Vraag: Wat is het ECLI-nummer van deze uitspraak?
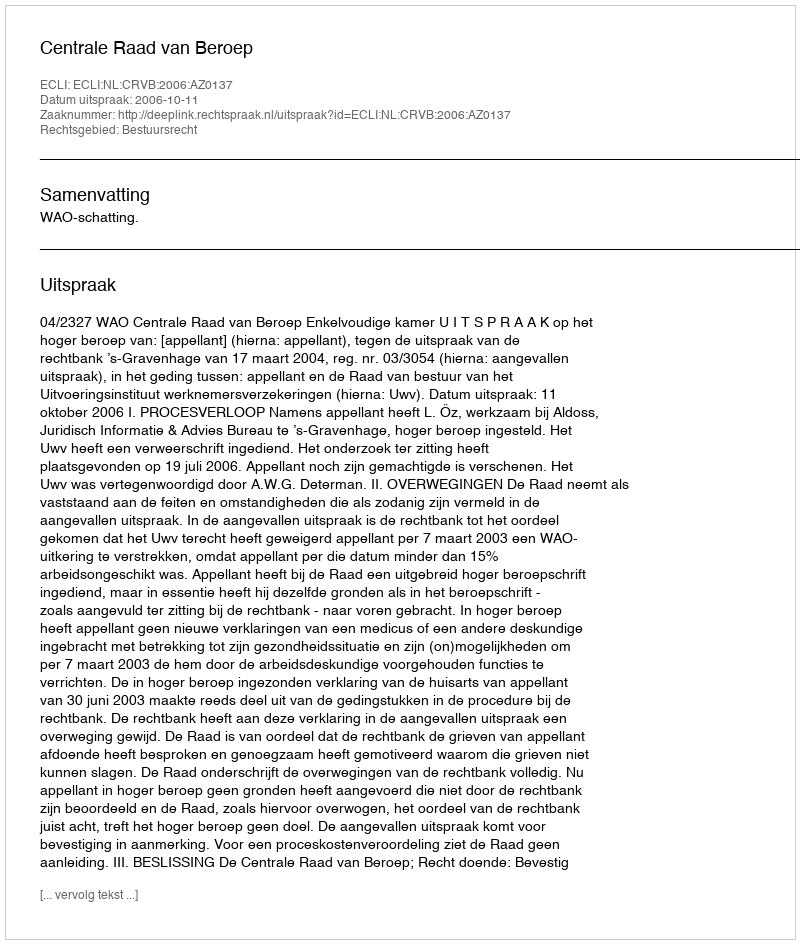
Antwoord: ECLI:NL:CRVB:2006:AZ0137